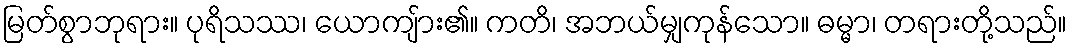
မြတ်စွာဘုရား။ ပုရိသဿ၊ ယောကျ်ား၏။ ကတိ၊ အဘယ်မျှကုန်သော။ ဓမ္မာ၊ တရားတို့သည်။